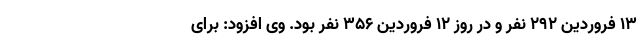
۱۳ فروردین ۲۹۲ نفر و در روز ۱۲ فروردین ۳۵۶ نفر بود. وی افزود: برای